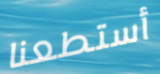
أستطعنا